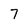
Character: 7